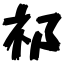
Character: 祁